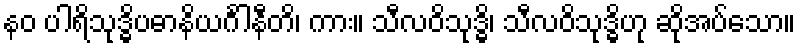
နဝ ပါရိသုဒ္ဓိပဓာနိယင်္ဂါနီတိ၊ ကား။ သီလဝိသုဒ္ဓိ၊ သီလဝိသုဒ္ဓိဟု ဆိုအပ်သော။